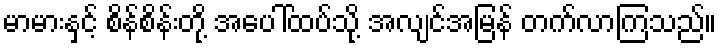
မာမားနှင့် စိန်စိန်းတို့ အပေါ်ထပ်သို့ အလျင်အမြန် တက်လာကြသည်။